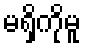
မရှိကိုမူ